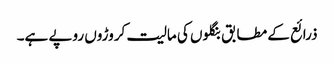
ذرائع کے مطابق بنگلوں کی مالیت کروڑوں روپے ہے۔